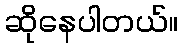
ဆိုနေပါတယ်။